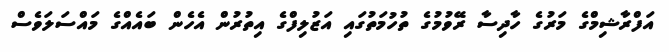
އަފްރާޝިމްގެ މަރުގެ ހާދިސާ ރޭވުމުގެ ތުހުމަތުގައި އަޒުލިފްގެ އިތުރުން އެހެން ބައެއްގެ މައްސަލަވެސް